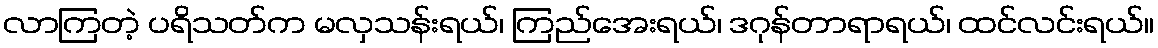
လာကြတဲ့ ပရိသတ်က မလှသန်းရယ်၊ ကြည်အေးရယ်၊ ဒဂုန်တာရာရယ်၊ ထင်လင်းရယ်။